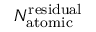
N _ { \mathrm { a t o m i c } } ^ { \mathrm { r e s i d u a l } }